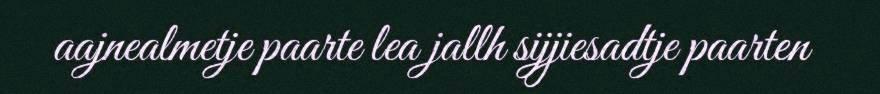
aajnealmetje paarte lea jallh sijjiesadtje paarten